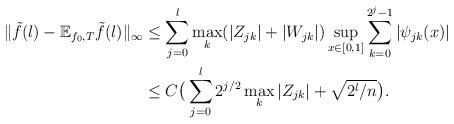
LaTeX: \begin{align*}\|\tilde{f}(l)-\mathbb{E}_{f_0,T}\tilde{f}(l)\|_\infty&\leq \sum_{j=0}^{l}\max_k (|Z_{jk}|+|W_{jk}|) \sup_{x\in[0,1]}\sum_{k=0}^{2^j-1}|\psi_{jk}(x)|\\&\leq C\big(\sum_{j=0}^{l}2^{j/2} \max_k |Z_{jk}| +\sqrt{2^l/n} \big).\end{align*}